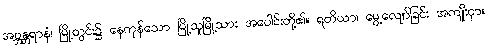
အဗ္ဘန္တရာနံ၊ မြို့တွင်း၌ နေကုန်သော မြို့သူမြို့သား အပေါင်းတို့၏။ ရတိယာ၊ မွေ့လျော်ခြင်း အကျိုးငှာ။